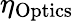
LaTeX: \eta_{\mathrm{Optics}}